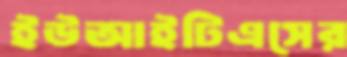
ইউআইটিএসের